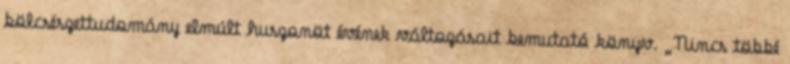
bölcsészettudomány elmúlt huszonöt évének változásait bemutató könyv. „Nincs többé